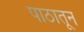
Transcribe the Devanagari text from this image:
पाठातून